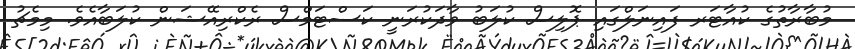
މުބާރާތުގެ ކުއާޓަރ ފައިނަލްގައި ޕޮލިސް ކުލަބު ވާދަކުރަނީ ކަސްޓަމްސް ރެކްރިއޭޝަން ކުލަބާއެވެ. މިމެޗު